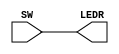
// Assigns the switches to LEDs 

module Assignment1(SW, LEDR);

	input [17:0] SW; 
	output [17:0] LEDR;

	assign LEDR = SW;

endmodule